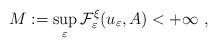
LaTeX: \begin{align*}M:=\sup_{\varepsilon}\mathcal{F}_{\varepsilon}^{\xi}(u_{\varepsilon},A)<+\infty~, \end{align*}